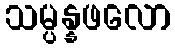
သမ္ပန္နဖလော